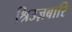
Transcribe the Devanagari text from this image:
श्रिउज़बारि